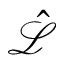
\hat { \mathcal { L } }